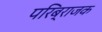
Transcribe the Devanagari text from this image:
परिब्राजक